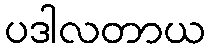
ပဒါလတာယ